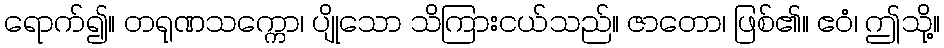
ရောက်၍။ တရုဏသက္ကော၊ ပျိုသော သိကြားငယ်သည်။ ဇာတော၊ ဖြစ်၏။ ဧဝံ၊ ဤသို့။